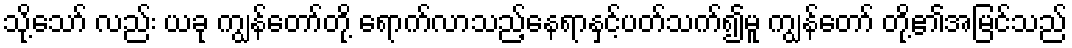
သို့သော် လည်း ယခု ကျွန်တော်တို့ ရောက်လာသည့်နေရာနှင့်ပတ်သက်၍မူ ကျွန်တော် တို့၏အမြင်သည်